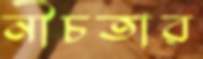
নীচতার